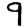
Digit: 9